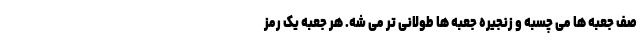
صف جعبه ها می چسبه و زنجیره جعبه ها طولانی تر می شه. هر جعبه یک رمز